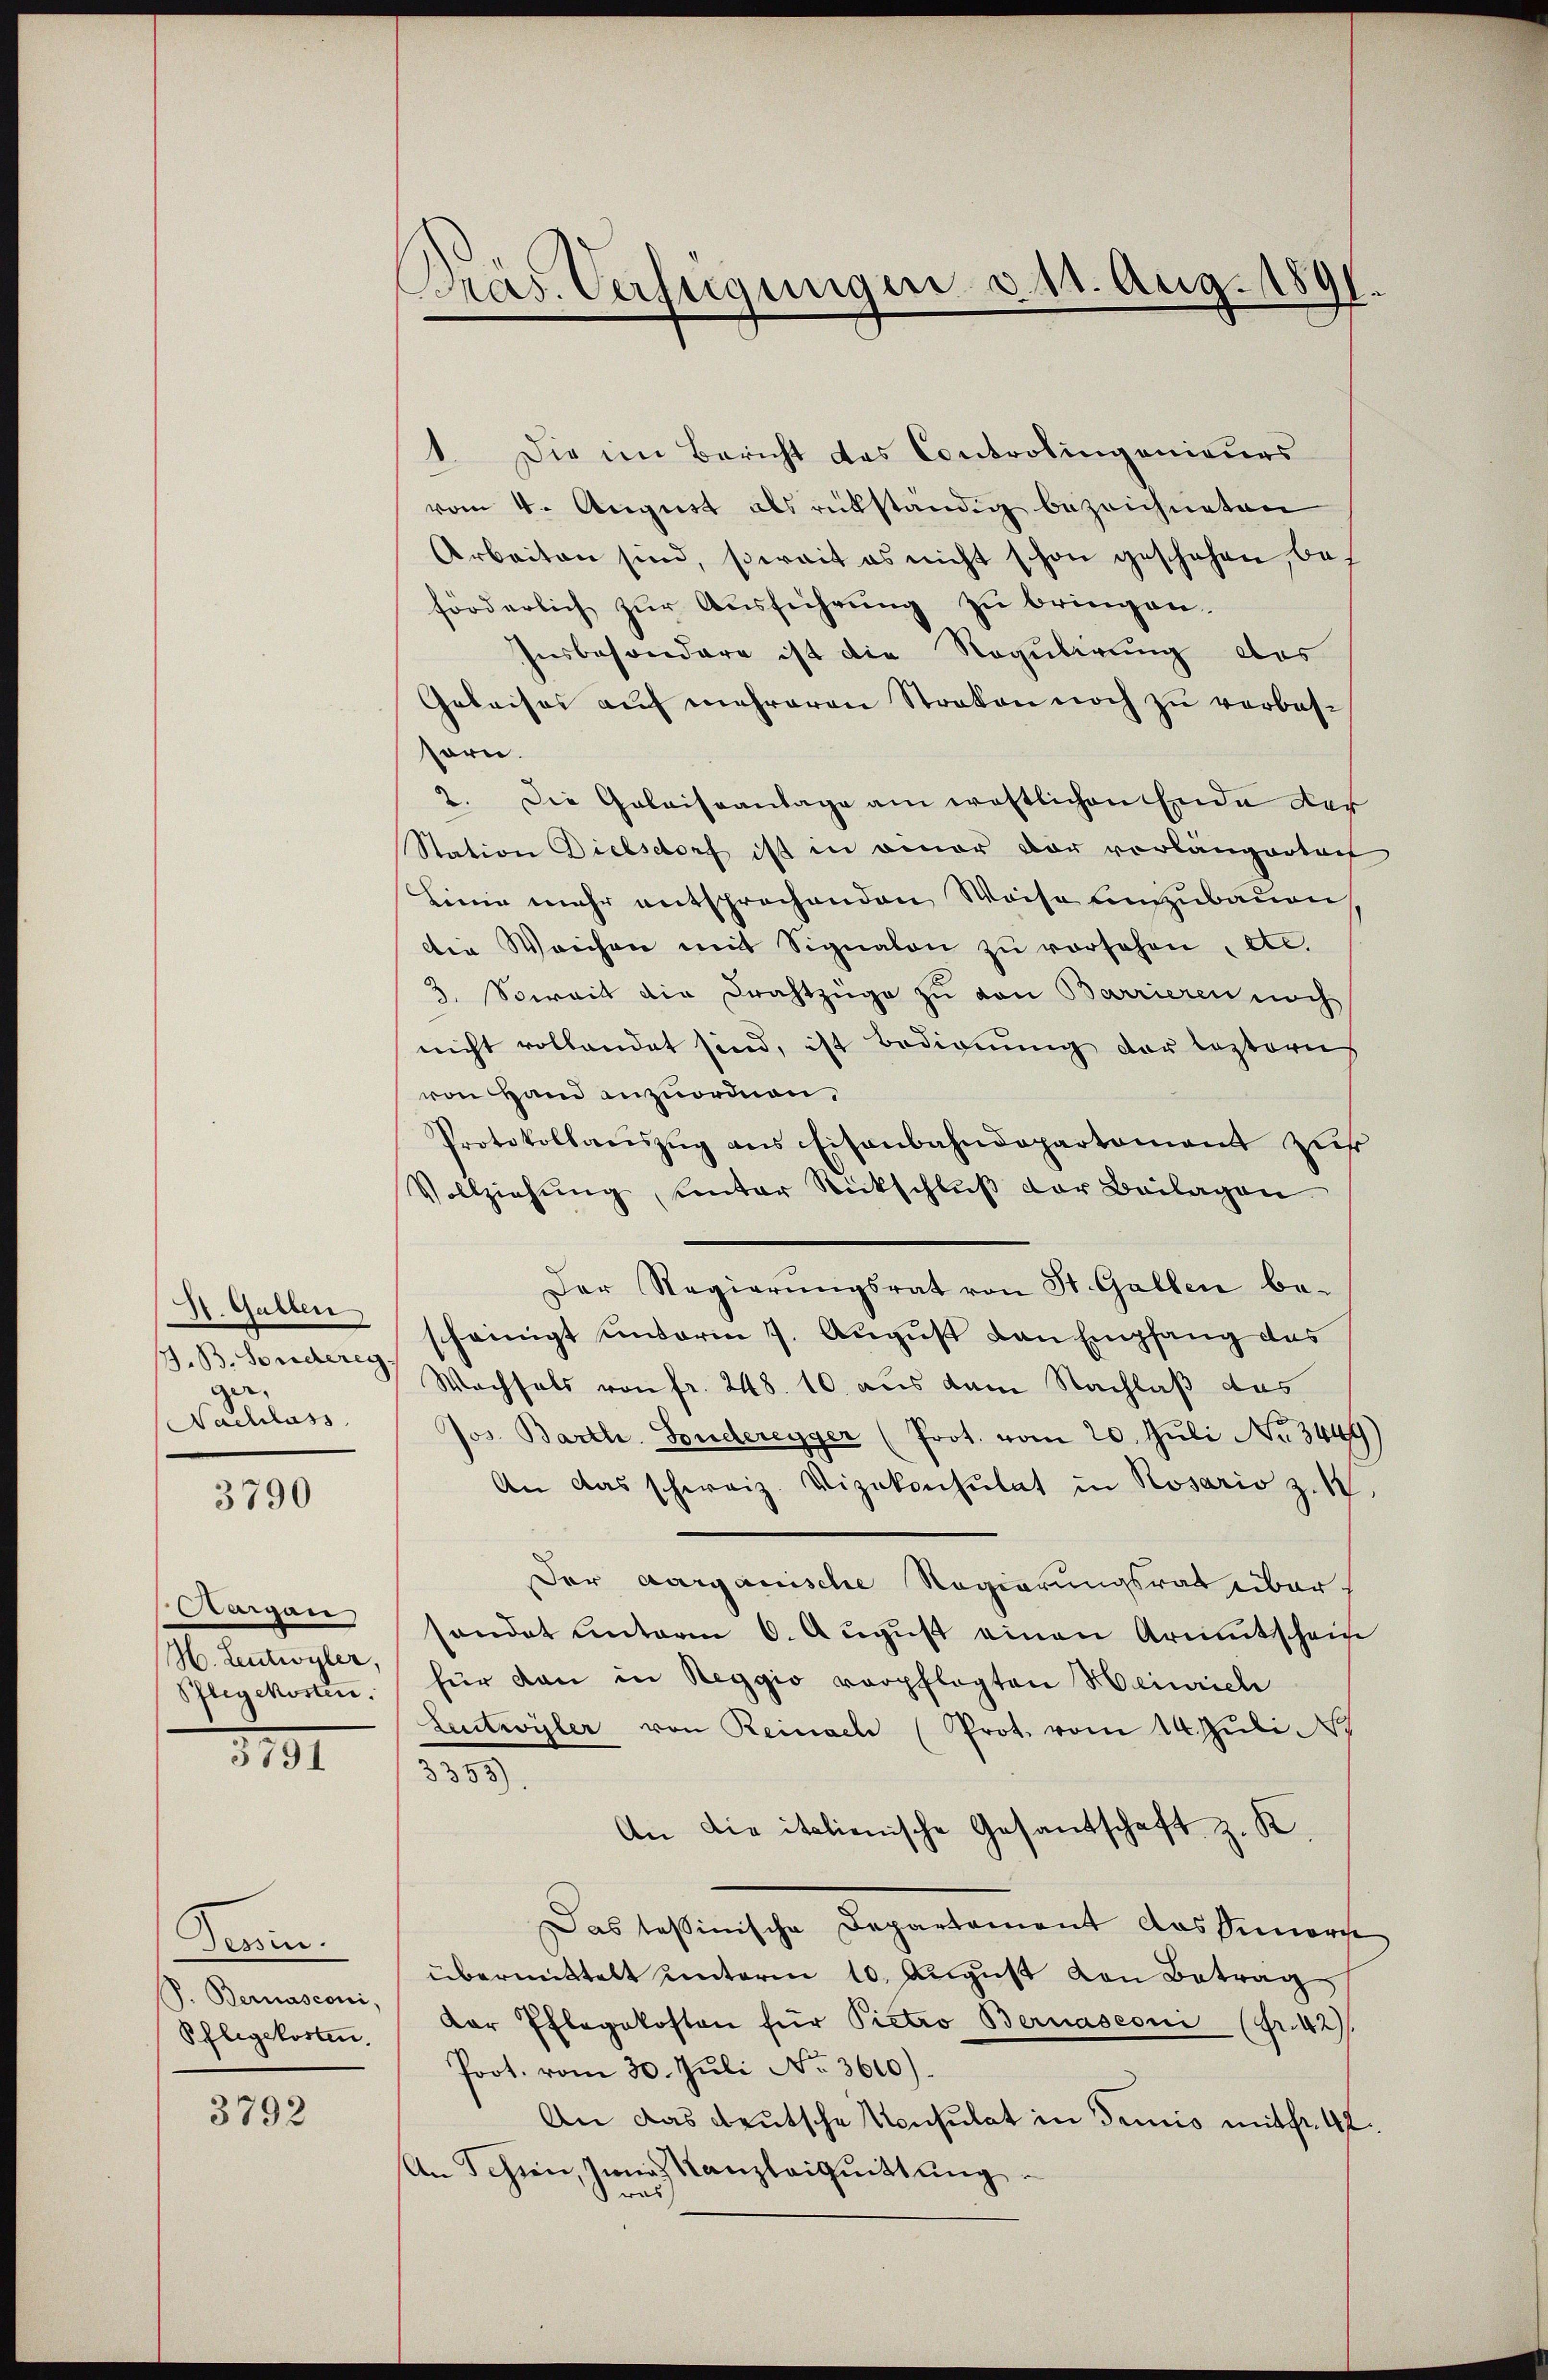
St. Gallen
J. B. Sondereg-
ger.
Nachlass

3790

Aargau
H. Leutwyler,
Pflegekosten.

3791

Pesin.
P. Bernasconi,
Pflegekosten.
3792

Pras. Verfügungen d. 11. Aug. 1891.

1. Die im Bericht das Controlingenieurs
vom 4. August als rückständig bezeichneten
Arbeiten sind, soweit es nicht schon geschehen, das
förderlich zur Ausführung zu bringen.
Insbesondere ist die Regulirung des
Gebaises aŭf mehreren Streken noch zu verbes-
sorn.
2. Die Galaissantage am westlichen Ende der
Station Dielsdorf ist in einer der vorlängertoch
Linie mehr entsprechenden Weise einzubauen
die Weichen mit Signalen zŭ versehen, etc.
3. Soweit die Drahtzüge zu von Barrieren noch
nicht vollandet sind, ist Bedienung der leztern
von Hand anzuordnen,
Protokollauszug aus Eisenbahndepartement zur
Vollziehŭng ŭnter Rückschlŭβ der Beilagen
Der Regierŭngsrat von St. Gallen be-
scheinigt unterm 7. August den Empfang das
Wachsels von fr. 248. 10. aus dem Nachlaß das
Jos. Barth. Sonderegger (Prot. vom 20. Juli No 3449)
An das schweiz. Vizekonsulat in Rosaris z. 17.
Der aarganische Regierungsrat eibar
handet unterm 6. Aŭgŭst einen Armutschein
für dan in Reggio verpflegten Heinrich
Lutwyler von Reinach (Prot. vom 14. Juli
3355)
An die italienische Gesandschaft z. K.
Das tessinische Departament Aussiere
übermittelt unterm 10. August von Betrag,
Der Pflegekosten für Pietro Bernasconi (Fr. 42.
Poot. vom 30. Juli No 3610)
An das deutsche Konsulat in Dimis mitfr. 42.
An Schien, Juni, Kanzleiquittung
was